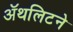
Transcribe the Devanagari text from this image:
ॲथलिटने